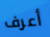
أعرف